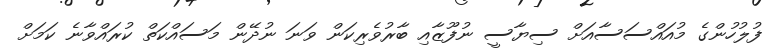
ފުލުހުންގެ މުއައްސަސާއަށް ސިޔާސީ ނުފޫޒާއި ބާރުވެރިކަން ވަނަ ނުދޭން މަސައްކަތް ކުރައްވާނެ ކަމަށް